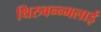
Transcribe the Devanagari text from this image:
थिरुवन्न्मलाई